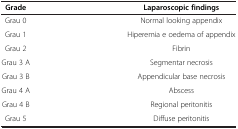
<table><thead><tr><td><b>Grade</b></td><td><b>Laparoscopic findings</b></td></tr></thead><tbody><tr><td>Grau 0</td><td>Normal looking appendix</td></tr><tr><td>Grau 1</td><td>Hiperemia e oedema of appendix</td></tr><tr><td>Grau 2</td><td>Fibrin</td></tr><tr><td>Grau 3 A</td><td>Segmentar necrosis</td></tr><tr><td>Grau 3 B</td><td>Appendicular base necrosis</td></tr><tr><td>Grau 4 A</td><td>Abscess</td></tr><tr><td>Grau 4 B</td><td>Regional peritonitis</td></tr><tr><td>Grau 5</td><td>Diffuse peritonitis</td></tr></tbody></table>